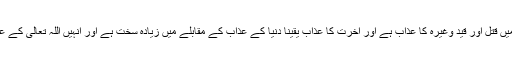
} یعنی ان کیلئے دنیا کی زندگی میں قتل اور قید وغیرہ کا عذاب ہے اور آخرت کا عذاب یقینا دنیا کے عذاب کے مقابلے میں زیادہ سخت ہے اور انہیں اللّٰہ تعالیٰ کے عذاب سے بچانے والا کوئی نہیں ۔